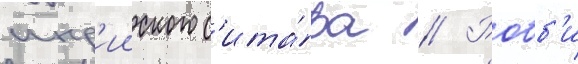
инд'ииского с'ита́ра // Робб'и